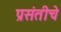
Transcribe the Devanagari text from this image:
प्रसंतीचे